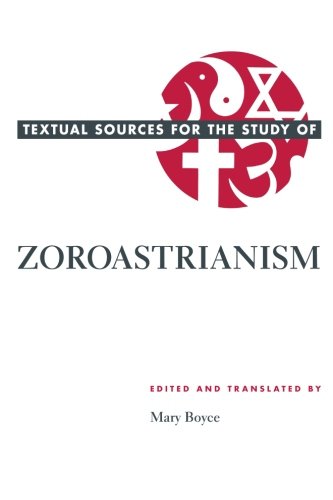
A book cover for Textual Sources for the Study of Zoroastrianism (Textual Sources for the Study of Religion); Religion & Spirituality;